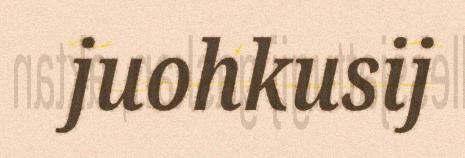
juohkusij